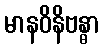
မာနဝိနိဗန္ဓာ